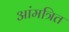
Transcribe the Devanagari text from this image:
आंमत्रित